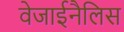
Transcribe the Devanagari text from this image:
वेजाईनैलिस